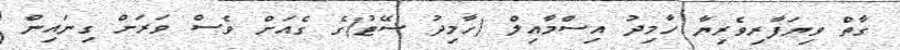
ގާތް ވިޔަފާރިވެރިޔާ ހާމިދު އިސްމާއިލް (ހާމިދު ސޭޓު)ގެ ގެއަށް ވެސް ވަރަށް ގިނައިން